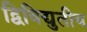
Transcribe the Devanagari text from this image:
द्विविद्युतीय